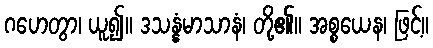
ဂဟေတွာ၊ ယူ၍။ ဒသန္နံမာသာနံ၊ တို့၏။ အစ္စယေန၊ ဖြင့်။